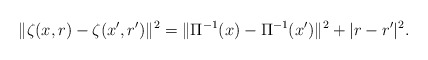
\begin{align*}\| \zeta(x,r) - \zeta (x',r' )\|^2 = \| \Pi^{-1}(x) - \Pi^{-1}(x') \|^2 + |r - r'|^2.\end{align*}